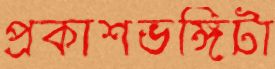
প্রকাশভঙ্গিটা